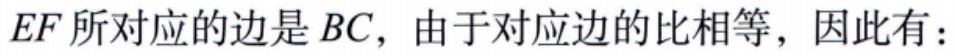
$EF$所对应的边是$BC$，由于对应边的比相等，因此有：